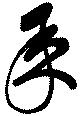
承